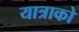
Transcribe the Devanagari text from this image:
यात्राको